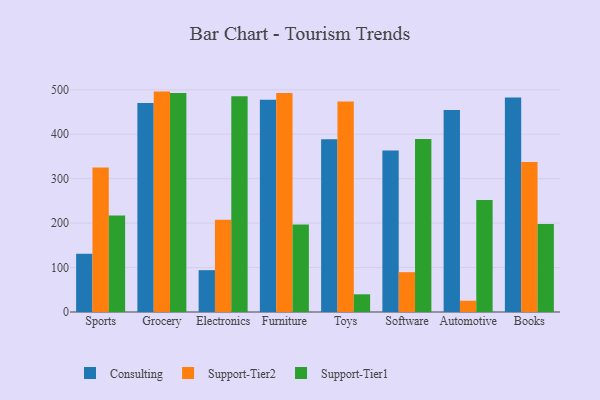
{"axis": {"x": "Category", "y": "Waste Production (Tons)"}, "legend": ["Consulting", "Support-Tier1", "Support-Tier2"], "data": [{"x": "Sports", "y": 130.8, "type": "Consulting"}, {"x": "Sports", "y": 324.9, "type": "Support-Tier2"}, {"x": "Sports", "y": 217.0, "type": "Support-Tier1"}, {"x": "Grocery", "y": 470.3, "type": "Consulting"}, {"x": "Grocery", "y": 495.9, "type": "Support-Tier2"}, {"x": "Grocery", "y": 492.9, "type": "Support-Tier1"}, {"x": "Electronics", "y": 94.1, "type": "Consulting"}, {"x": "Electronics", "y": 207.6, "type": "Support-Tier2"}, {"x": "Electronics", "y": 485.2, "type": "Support-Tier1"}, {"x": "Furniture", "y": 477.8, "type": "Consulting"}, {"x": "Furniture", "y": 492.9, "type": "Support-Tier2"}, {"x": "Furniture", "y": 196.8, "type": "Support-Tier1"}, {"x": "Toys", "y": 388.9, "type": "Consulting"}, {"x": "Toys", "y": 473.8, "type": "Support-Tier2"}, {"x": "Toys", "y": 39.8, "type": "Support-Tier1"}, {"x": "Software", "y": 363.5, "type": "Consulting"}, {"x": "Software", "y": 89.6, "type": "Support-Tier2"}, {"x": "Software", "y": 389.0, "type": "Support-Tier1"}, {"x": "Automotive", "y": 454.6, "type": "Consulting"}, {"x": "Automotive", "y": 25.4, "type": "Support-Tier2"}, {"x": "Automotive", "y": 252.1, "type": "Support-Tier1"}, {"x": "Books", "y": 482.4, "type": "Consulting"}, {"x": "Books", "y": 337.7, "type": "Support-Tier2"}, {"x": "Books", "y": 198.0, "type": "Support-Tier1"}]}